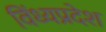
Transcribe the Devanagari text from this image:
विंध्यप्रदेश